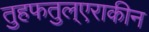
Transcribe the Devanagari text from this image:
तुहफतुल्एराकीन